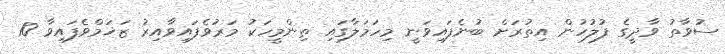
ސުވާތު ވާދީގެ ފުލުހުން އިތުރަށް ބުނެފައިވަނީ މިހަމަލާގައި ތިންމީހަކު މަރުވެފައިވާއިރު ޒަޚަމްވެފައިވާ 10